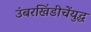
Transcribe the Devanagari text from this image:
उंबरखिंडीचेंयुद्ध